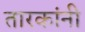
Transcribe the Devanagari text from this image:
तारकांनी